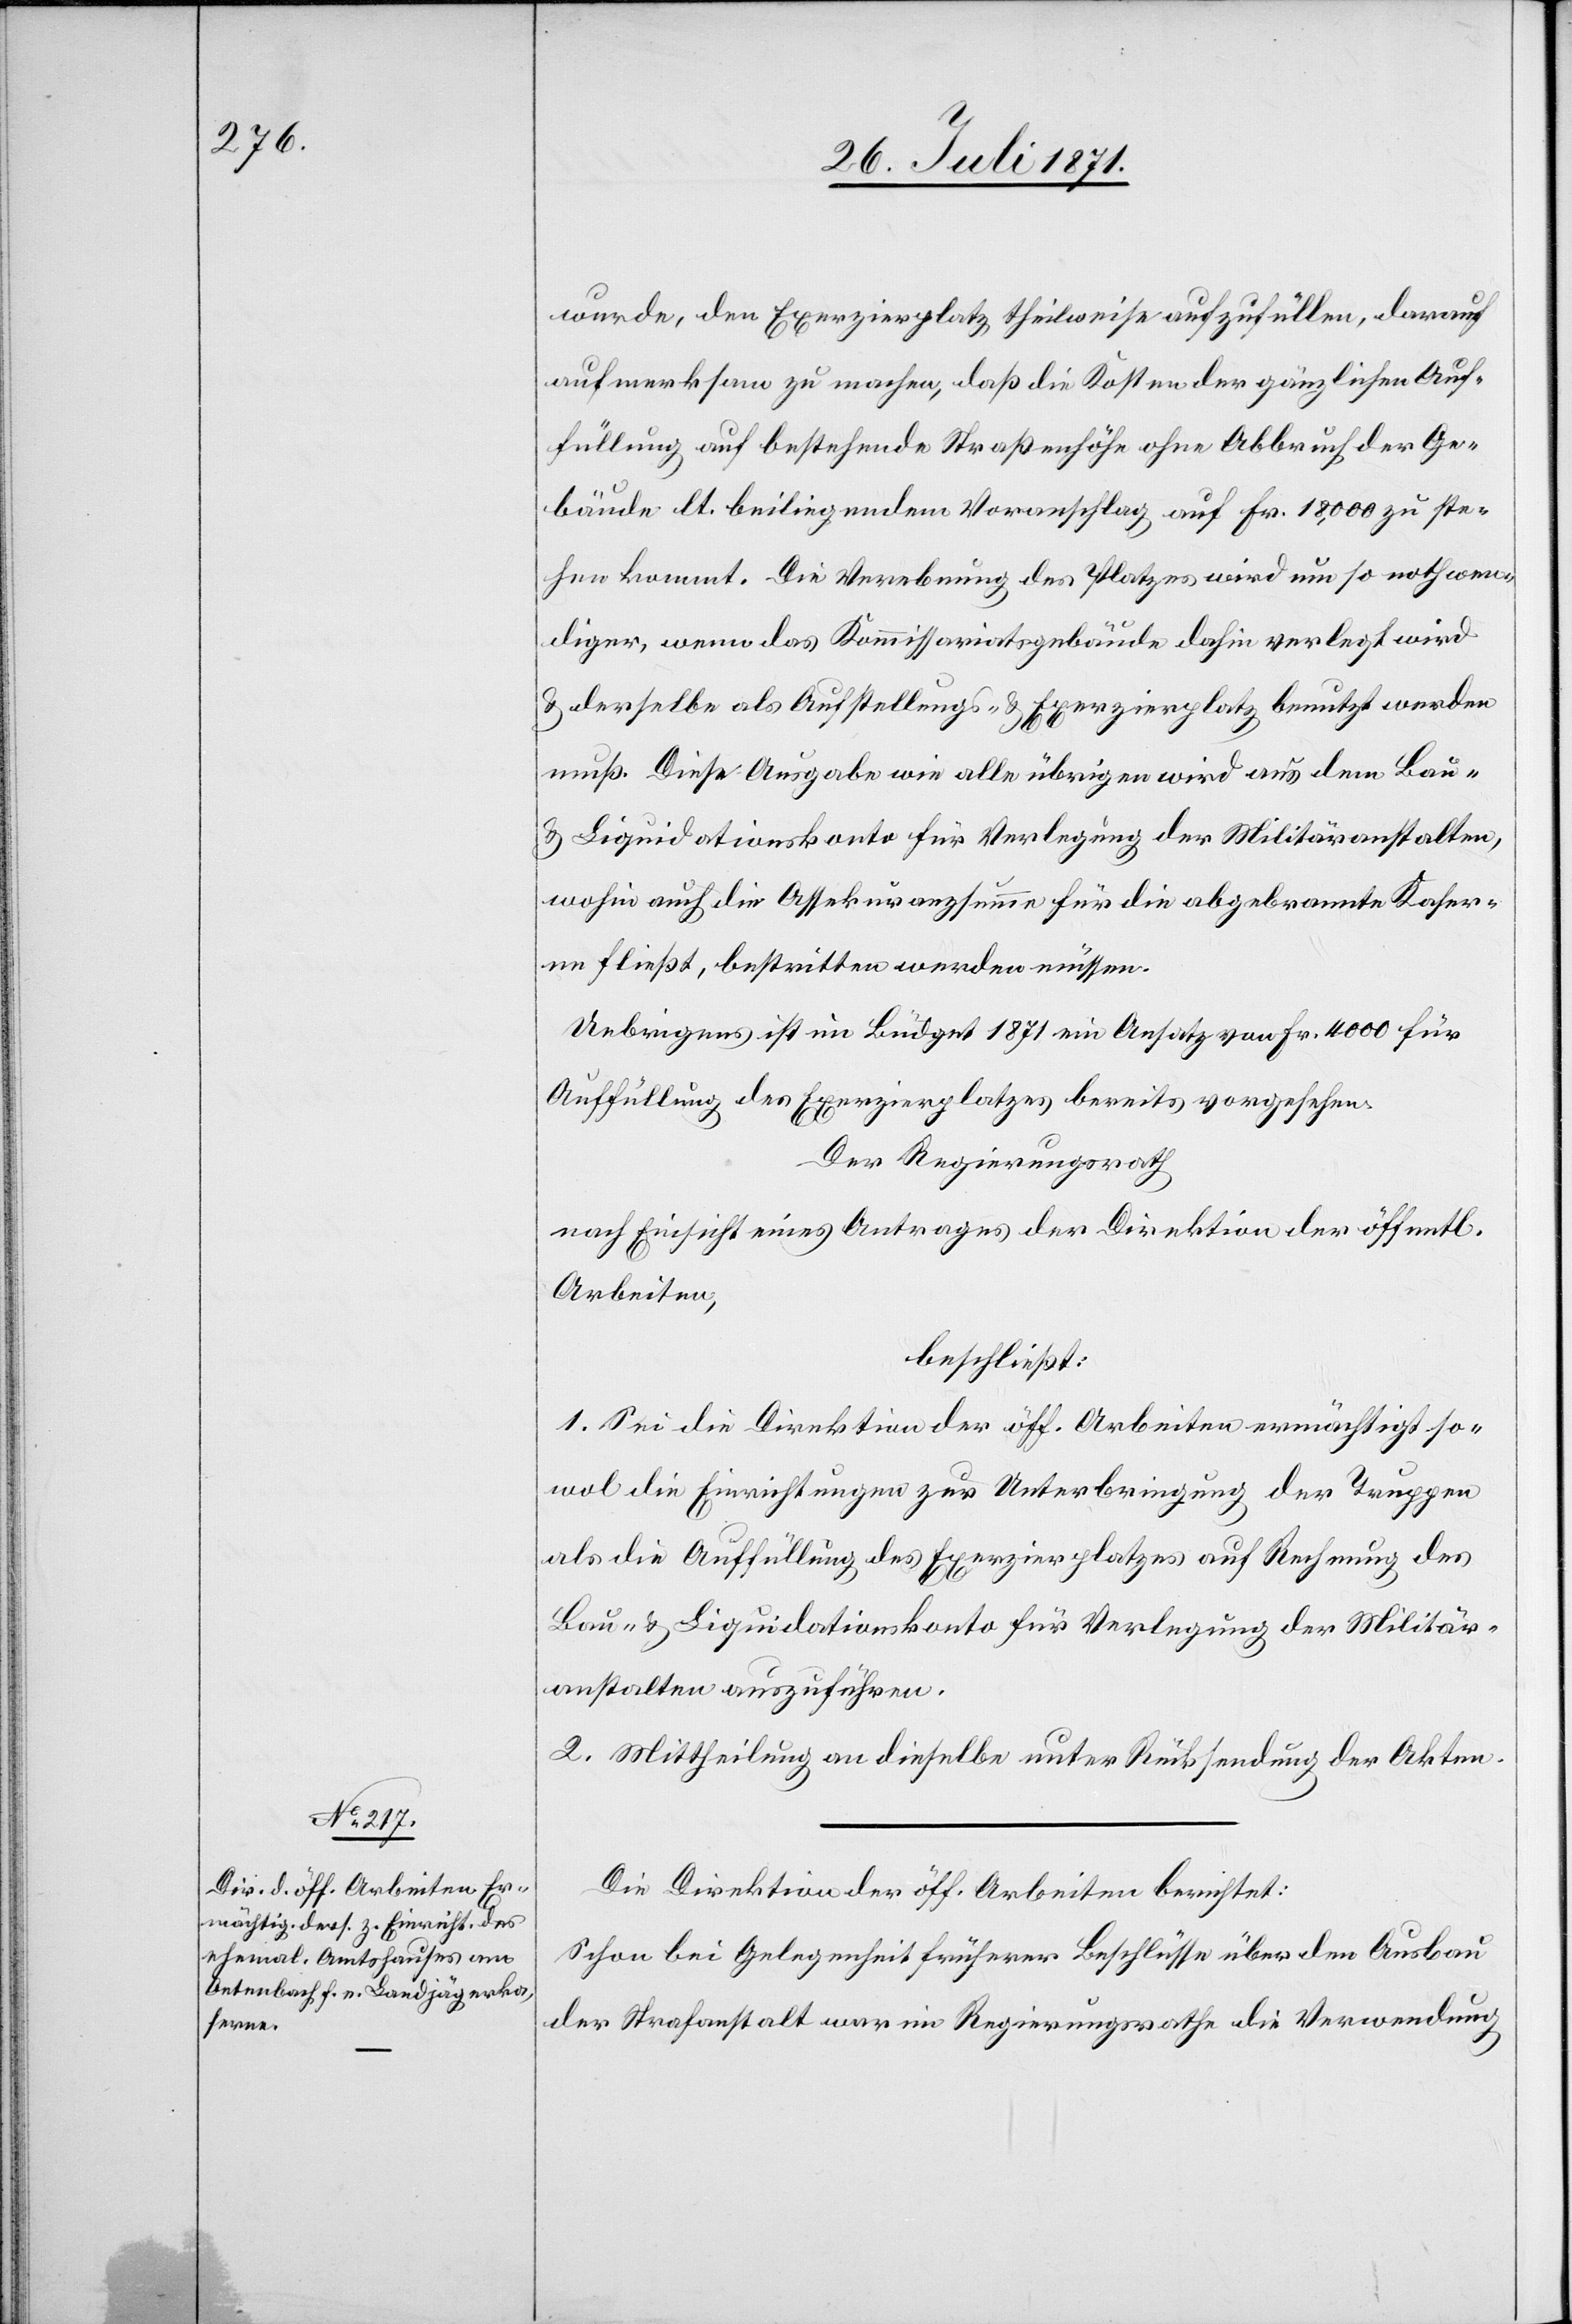
wurde, den Exerzierplatz theilweise aufzufüllen, darauf
aufmerksam zu machen, daß die Kosten der gänzlichen Auf¬
füllung auf bestehende Straßenhöhe ohne Abbruch der Ge¬
bäude lt. beiliegendem Voranschlag auf Fr. 18,000 zu ste¬
hen kommt. Die Verebnung des Platzes wir um so nothwen¬
diger, wenn das Kommissariatsgebäude dahin verlegt wird
u. derselbe als Aufstellungs- u. Exerzierplatz benutzt werden
muß. Diese Ausgabe wie alle übrigen wird aus dem Bau-
u. Liquidationskonto für Verlegung der Militäranstalten,
wohin auch die Assekuranzsumme für die abgebrannte Kaser¬
ne fließt, bestritten werden müssen.
Uebrigens ist im Büdget 1871 ein Ansatz von Fr. 4000 für
Auffüllung des Exerzierplatzes bereits vorgesehen.
Der Regierungsrath
nach Einsicht eines Antrages der Direktion der öffentl.
Arbeiten,
beschließt:
1. Sei die Direktion der öff. Arbeiten ermächtigt so¬
wol die Einrichtungen zur Unterbringung der Truppen
als die Auffüllung des Exerzierplatzes auf Rechnung des
Bau- u. Liquidationskonto für Verlegung der Militär¬
anstalten auszuführen.
2. Mittheilung an dieselbe unter Rücksendung der Akten.
Die Direktion der öff. Arbeiten berichtet:
Schon bei Gelegenheit früherer Beschlüsse über den Ausbau
der Strafanstalt war im Regierungsrathe die Verwendung